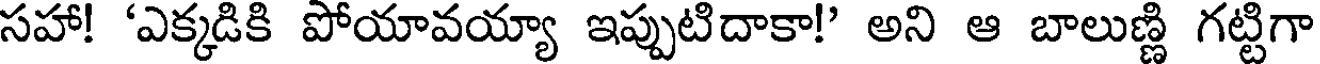
సహా! 'ఎక్కడికి పోయావయ్యా ఇప్పుటిదాకా!' అని ఆ బాలుణ్ణి గట్టిగా